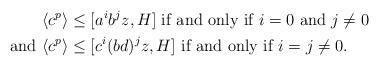
LaTeX: \begin{align*}& \langle c^p\rangle \leq [a^ib^jz,H] \mbox{ if and only if } i=0 \mbox{ and } j\neq 0\\\mbox{ and } & \langle c^p\rangle \leq [c^i(bd)^jz,H] \mbox{ if and only if } i=j\neq 0.\end{align*}